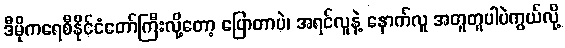
ဒီမိုကရေစီနိုင်ငံတော်ကြီးလို့တော့ ပြောတာပဲ၊ အရင်လူနဲ့ နောက်လူ အတူတူပါပဲကွယ်လို့